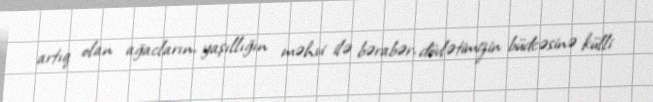
artıq olan ağacların, yaşıllığın məhvi ilə bərabər, dövlətimizin büdcəsinə külli